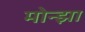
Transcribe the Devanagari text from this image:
मोन्झा